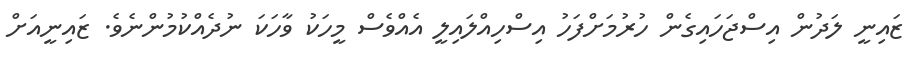
ޒައިނީ ލަދުން އިސްޖަހައިގެން ހުރުމަށްފަހު އިސްހިއްލައިލީ އެއްވެސް މީހަކު ވާހަކަ ނުދެއްކުމުންނެވެ. ޒައިނީއަށް